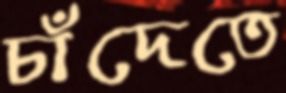
চাঁদেতে